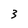
Character: 3